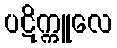
ပဋိက္ကူလေ